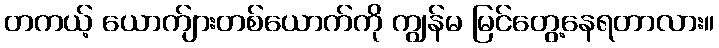
တကယ့် ယောက်ျားတစ်ယောက်ကို ကျွန်မ မြင်တွေ့နေရတာလား။